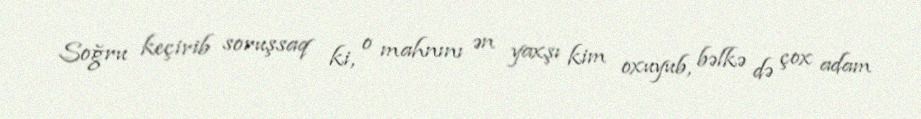
Soğru keçirib soruşsaq ki, o mahnını ən yaxşı kim oxuyub, bəlkə də çox adam